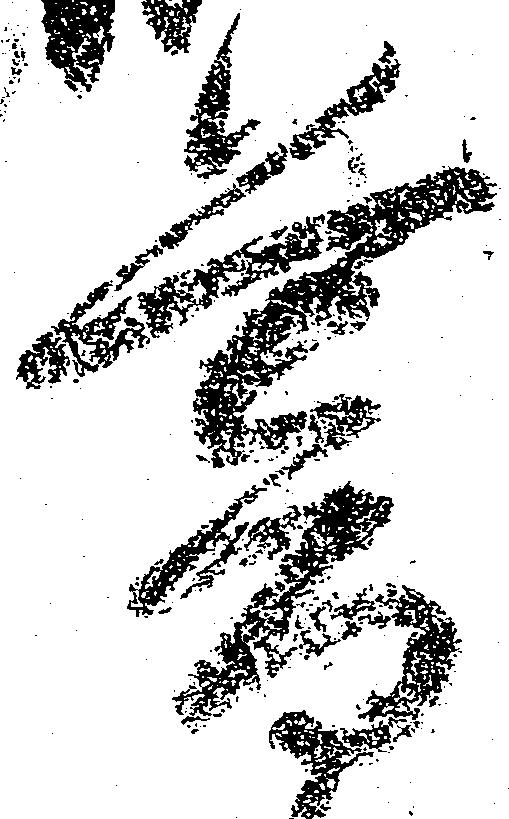
暮